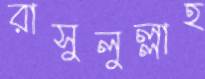
রাসুলুল্লাহ